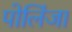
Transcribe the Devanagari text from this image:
पोलिंजा